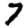
Digit: 7